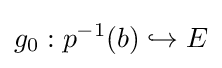
g_{0}:p^{-1}(b)\hookrightarrow E